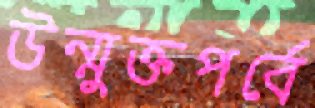
উন্মুক্তপর্বে